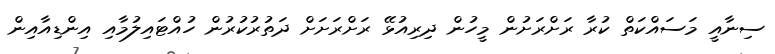
ސިނާއީ މަސައްކަތް ކުރާ ރަށްރަށުން މީހުން ދިރިއުޅޭ ރަށްރަށަށް ދަތުރުކުރުން ހުއްޓައިލުމާއި އިންޑިއާއިން